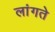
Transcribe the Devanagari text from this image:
लांगते